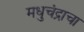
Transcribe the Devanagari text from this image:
मधुचंद्राचा